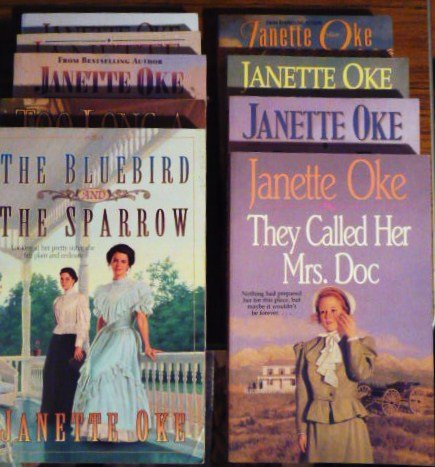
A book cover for Women of the West Series (10 books) (Drums of Change; A Woman Named Damaris; Heart of the Wilderness; A Bride for Donnigan; The Measure of a Heart: A Gown of Spanish Lace; Too Long a Stranger; The Bluebird and the Sparrow; They Called Her Mrs. Doc; The Calling of Emily Evans); Janet Oke; Crafts, Hobbies & Home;